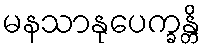
မနသာနုပေက္ခန္တိ